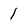
Character: 1